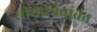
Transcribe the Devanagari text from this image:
सीमारेषेबाबत